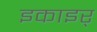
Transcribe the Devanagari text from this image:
इकाइर्